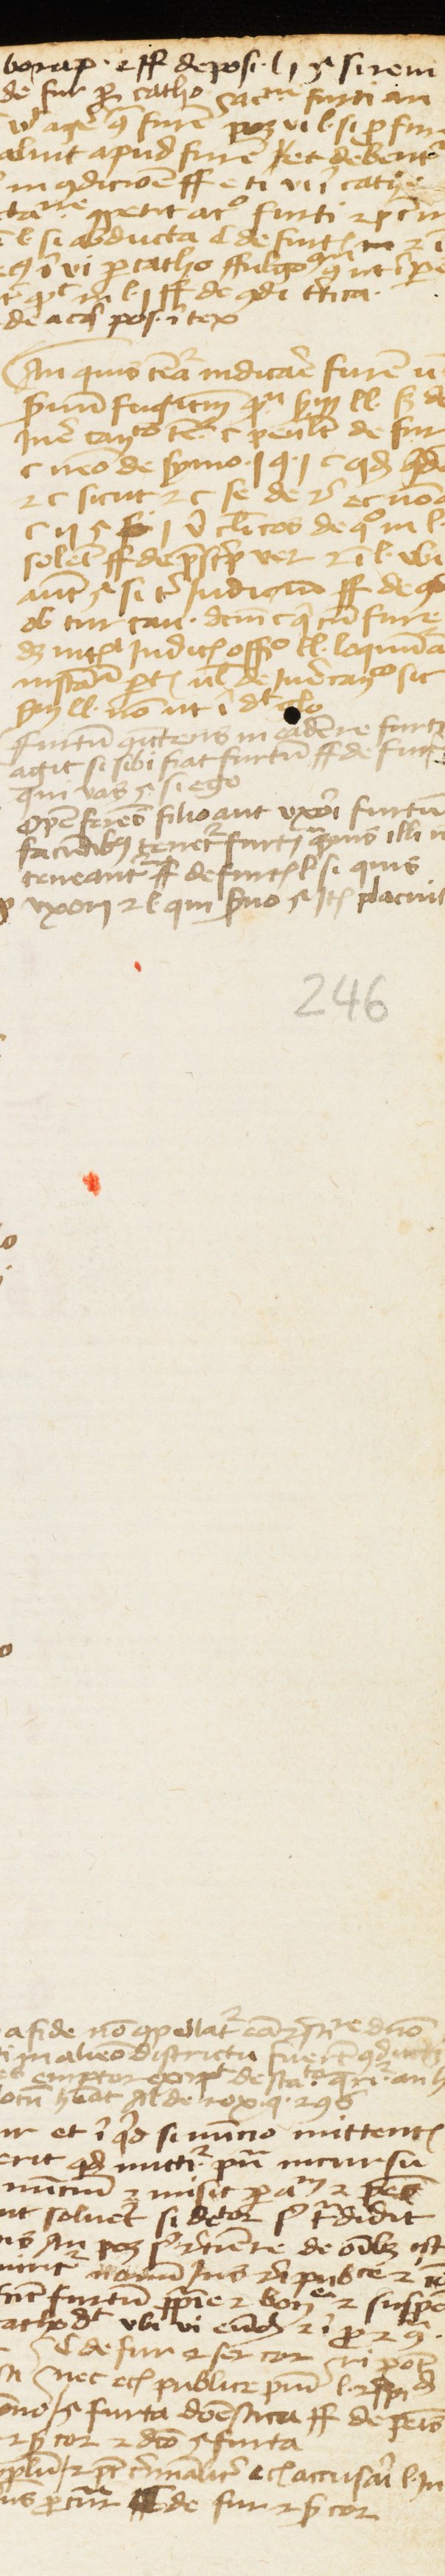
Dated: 1457–1457